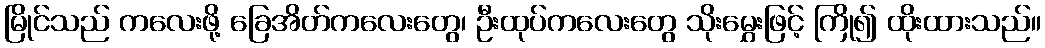
မြိုင်သည် ကလေးဖို့ ခြေအိတ်ကလေးတွေ၊ ဦးထုပ်ကလေးတွေ သိုးမွှေးဖြင့် ကြို၍ ထိုးထားသည်။